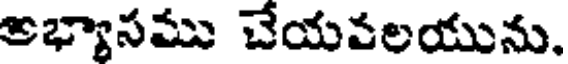
అభ్యాసము చేయవలయును.